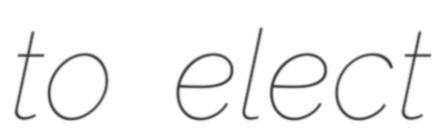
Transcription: to elect